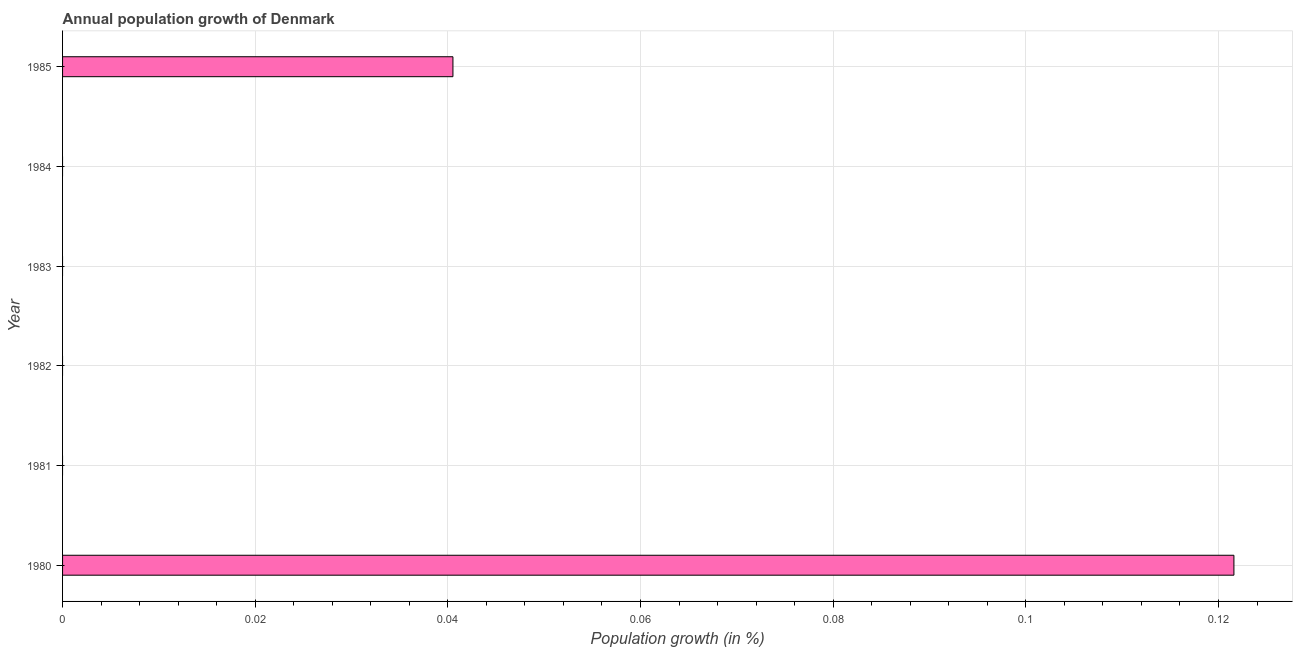
| Year | Population growth |
 | --- | --- |
 | 1980 | 0.122 |
 | 1981 | -0.0284 |
 | 1982 | -0.0735 |
 | 1983 | -0.0687 |
 | 1984 | -0.0524 |
 | 1985 | 0.0405 |